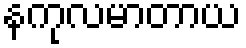
နကုလမာတာယ